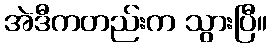
အဲဒီကတည်းက သွားပြီ။